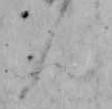
ん